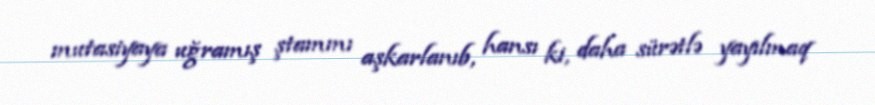
mutasiyaya uğramış ştammı aşkarlanıb, hansı ki, daha sürətlə yayılmaq